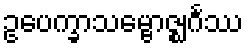
ဥပေက္ခာသမ္ဗောဇ္ဈင်္ဂဿ